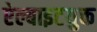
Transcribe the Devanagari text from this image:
ऐल्बाइटयुक्त